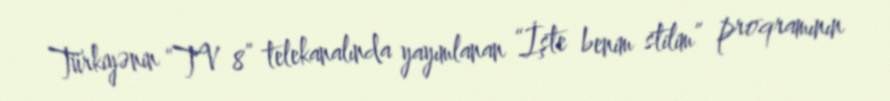
Türkiyənin “TV 8” telekanalında yayımlanan “İşte benim stilim” proqramının